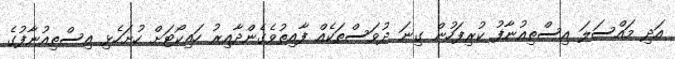
އަދި މައްސަލަ އިސްތިއުނާފު ކުރިފަހުން ގިނަ ދުވަސްތަކެއް ފާއިތުވެގެންދާއިރު ހައިކޯޓަށް ހުށަހެޅި އިސްތިއުނާފުގެ